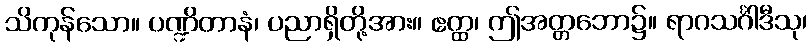
သိကုန်သော။ ပဏ္ဍိတာနံ၊ ပညာရှိတို့အား။ ဧတ္ထ၊ ဤအတ္တဘော၌။ ရာဂသင်္ဂါဒီသု၊